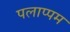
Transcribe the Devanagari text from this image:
पलाप्पम